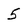
Character: 5